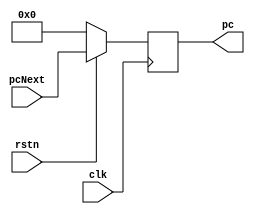
`timescale 1ns / 1ps

module pc(
    input clk,
    input rstn,
    input [31:0] pcNext,
    output reg [31:0] pc 
    );
    
    always@(posedge clk) begin
        if(rstn  == 1'b0)
            pc <= 32'h0;
        else
            pc <= pcNext;
    end
    
endmodule